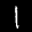
Label: 1